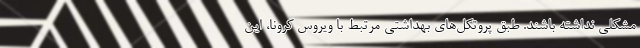
مشکلی نداشته باشند. طبق پروتکل‌های بهداشتی مرتبط با ویروس کرونا، این